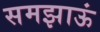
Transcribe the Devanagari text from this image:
समझाऊं